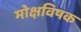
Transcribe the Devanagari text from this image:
मोक्षविषक